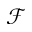
\mathcal { F }